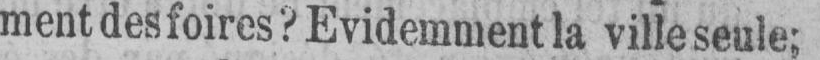
ment des foires? Evidemment la ville seule;